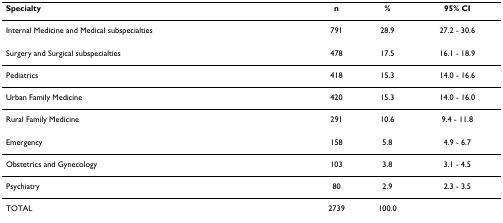
<table><thead><tr><td><b>Specialty</b></td><td><b>n</b></td><td><b>%</b></td><td><b>95% CI</b></td></tr></thead><tbody><tr><td>Internal Medicine and Medical subspecialties</td><td>791</td><td>28.9</td><td>27.2 - 30.6</td></tr><tr><td>Surgery and Surgical subspecialties</td><td>478</td><td>17.5</td><td>16.1 - 18.9</td></tr><tr><td>Pediatrics</td><td>418</td><td>15.3</td><td>14.0 - 16.6</td></tr><tr><td>Urban Family Medicine</td><td>420</td><td>15.3</td><td>14.0 - 16.0</td></tr><tr><td>Rural Family Medicine</td><td>291</td><td>10.6</td><td>9.4 - 11.8</td></tr><tr><td>Emergency</td><td>158</td><td>5.8</td><td>4.9 - 6.7</td></tr><tr><td>Obstetrics and Gynecology</td><td>103</td><td>3.8</td><td>3.1 - 4.5</td></tr><tr><td>Psychiatry</td><td>80</td><td>2.9</td><td>2.3 - 3.5</td></tr><tr><td>TOTAL</td><td>2739</td><td>100.0</td><td></td></tr></tbody></table>